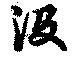
沒